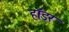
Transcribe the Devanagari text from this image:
हॉडर